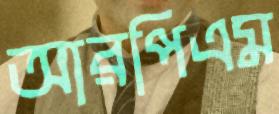
আরপিএম